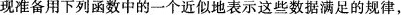
现准备用下列函数中的一个近似地表示这些数据满足的规律，